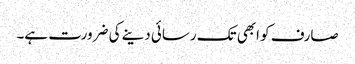
صارف کو ابھی تک رسائی دینے کی ضرورت ہے۔